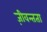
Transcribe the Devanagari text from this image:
ज़ीवन्तता